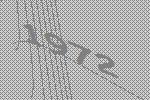
1972